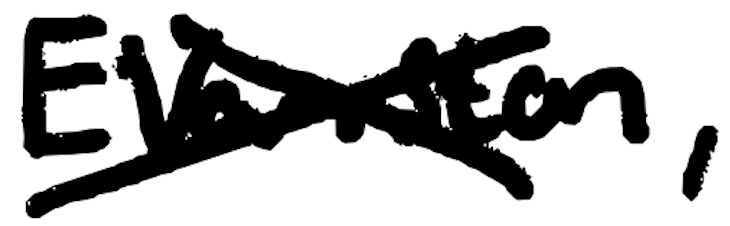
Text: Evanston,
Cross-out: cross
Writing tool: digital_black